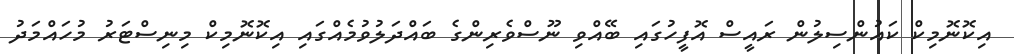
އިކޮނޮމިކް ކައުންސިލުން ރައީސް އޮފީހުގައި ބޭއްވި ނޫސްވެރިންގެ ބައްދަލުވުމެއްގައި އިކޮނޮމިކް މިނިސްޓަރު މުހައްމަދު